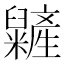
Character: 𥽱